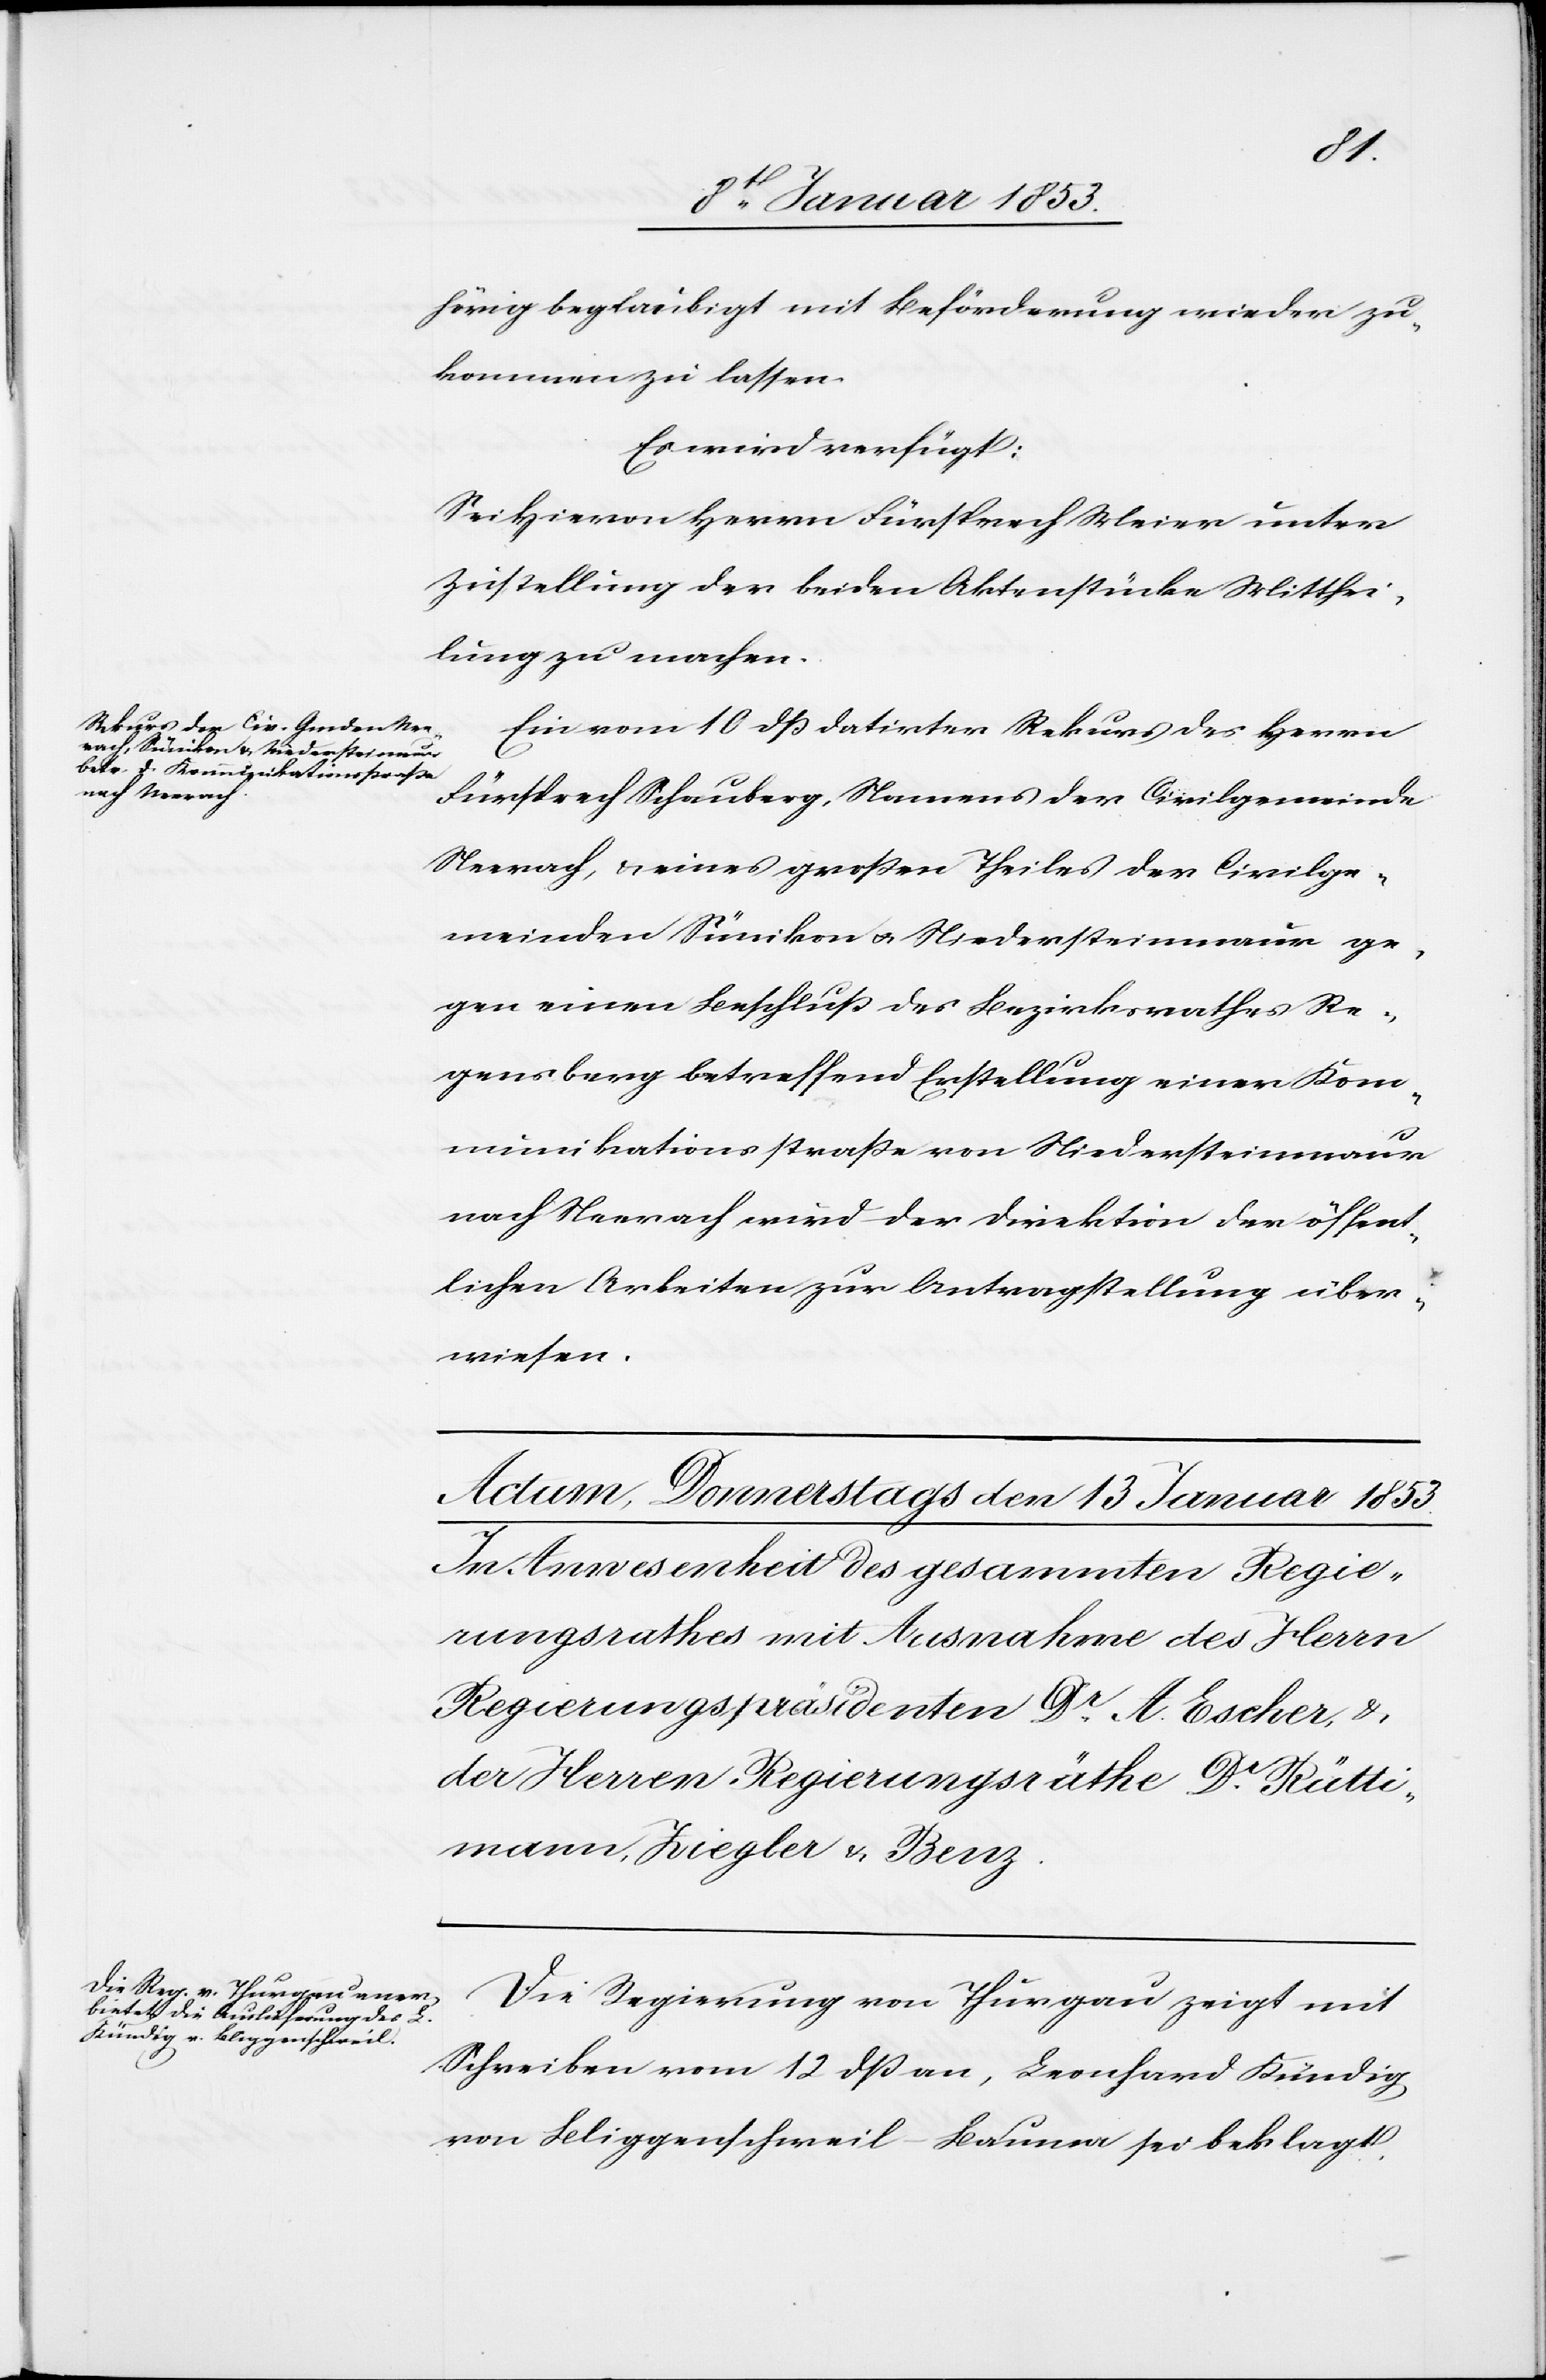
den
11 Januar 1853.]
hörig beglaubigt mit Beförderung wieder zu
kommen zu lassen.
Es wird verfügt:
Sei hievon Herrn Fürsprech Meier unter
Zustellung der beiden Aktenstücke Mitthei¬
lung zu machen.
Ein vom 10 dß datirter Rekurs des Herrn
Fürsprech Schauberg, Namens der Civilgemeinde
Nerrach, u. eines großen Theiles der Civilge¬
meinde Sümikon u. Niedersteinmaur ge¬
gen einen Beschluß des Bezirksrathes Re¬
gensberg betreffend Erstellung einer Kom¬
munikationsstraße von Niedersteinmaur
nach Neerach wird der Direktion der öffent¬
lichen Arbeiten zur Antragstellung über¬
wiesen.
Die Regierung von Thurgau zeigt mit
Schreiben vom 12 dß an, Leonhard Kündig
von Bliggenschweil-Bauma sei beklagt